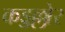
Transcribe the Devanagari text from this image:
कड्डल्लोर